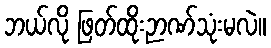
ဘယ်လို ဖြတ်ထိုးဉာဏ်သုံးမလဲ။